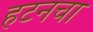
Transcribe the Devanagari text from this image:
हटनचा